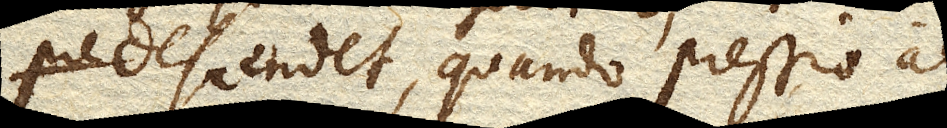
descendet, quando pressio aeris